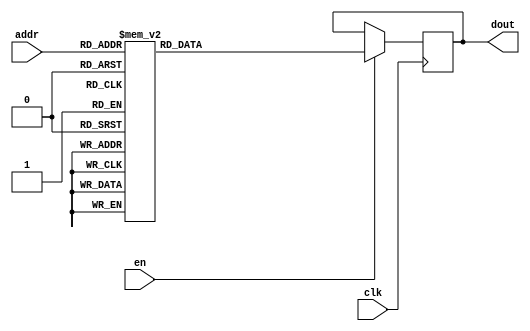
`timescale 1ns / 1ps
/*
Copyright
All right reserved.
Module Name: rom_syn
Author  : Zichuan Liu, Yixing Li and Wenye Liu.
Description:
A synthesized ROM: ROM_DEP x ROM_WID
*/
module EC_1_REF_ROM_15(
// inputs
clk,
en,
addr,
// outputs
dout
);
localparam ROM_WID = 12;
localparam ROM_DEP = 32;
localparam ROM_ADDR = 5;
// input definition
input clk;
input en;
input [ROM_ADDR-1:0] addr;
// output definition
output [ROM_WID-1:0] dout;
reg [ROM_WID-1:0] data;
always @(posedge clk)
begin
if (en) begin
case(addr)
		5'd0: data <= 12'b010001011100;
		5'd1: data <= 12'b010011001101;
		5'd2: data <= 12'b010011110101;
		5'd3: data <= 12'b010011010011;
		5'd4: data <= 12'b010010010011;
		5'd5: data <= 12'b010011001001;
		5'd6: data <= 12'b010000101000;
		5'd7: data <= 12'b010010010011;
		5'd8: data <= 12'b010011000100;
		5'd9: data <= 12'b010010111001;
		5'd10: data <= 12'b010011110101;
		5'd11: data <= 12'b010010111011;
		5'd12: data <= 12'b010000111010;
		5'd13: data <= 12'b010001000111;
		5'd14: data <= 12'b010000100000;
		5'd15: data <= 12'b010000111001;
		5'd16: data <= 12'b010011011101;
		5'd17: data <= 12'b010010111101;
		5'd18: data <= 12'b010010100110;
		5'd19: data <= 12'b010011110101;
		5'd20: data <= 12'b010001101111;
		5'd21: data <= 12'b010010010100;
		5'd22: data <= 12'b010011011001;
		5'd23: data <= 12'b010011100010;
		5'd24: data <= 12'b010000100110;
		5'd25: data <= 12'b001111110110;
		5'd26: data <= 12'b010000100110;
		5'd27: data <= 12'b010001001101;
		5'd28: data <= 12'b010010100011;
		5'd29: data <= 12'b001111111010;
		5'd30: data <= 12'b010010111110;
		5'd31: data <= 12'b010010110001;
		endcase
		end
	end
	assign dout = data;
endmodule